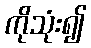
ကိုသုံး၍